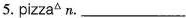
5.pizza_{△}n. ___